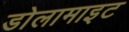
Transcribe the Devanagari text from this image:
डोलामाइट